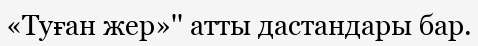
«Туған жер»'' атты дастандары бар.